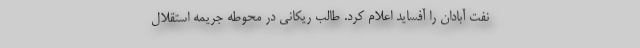
نفت آبادان را آفساید اعلام کرد. طالب ریکانی در محوطه جریمه استقلال